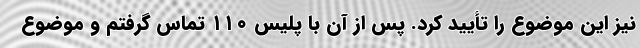
نیز این موضوع را تأیید کرد. پس از آن با پلیس ۱۱۰ تماس گرفتم و موضوع